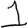
Digit: 1